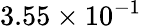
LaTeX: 3.55\times 10^{-1}